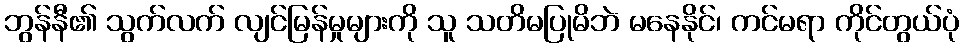
ဘွန်နီ၏ သွက်လက် လျင်မြန်မှုများကို သူ သတိမပြုမိဘဲ မနေနိုင်၊ ကင်မရာ ကိုင်တွယ်ပုံ